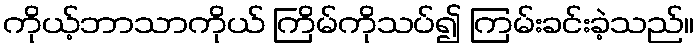
ကိုယ့်ဘာသာကိုယ် ကြိမ်ကိုသပ်၍ ကြမ်းခင်းခဲ့သည်။